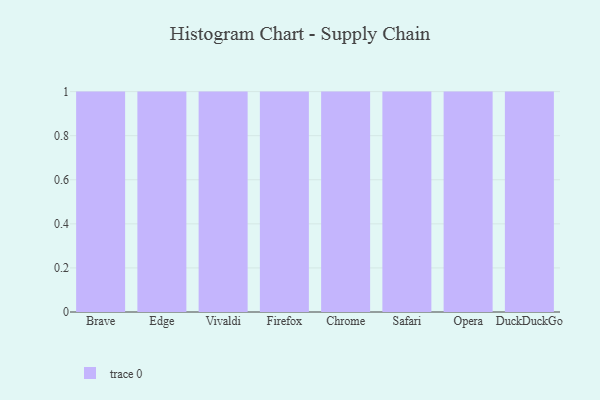
{"axis": {"x": "Browser", "y": "Revenue (USD Million)"}, "legend": [""], "data": [{"x": "Brave", "y": 43, "type": ""}, {"x": "Edge", "y": 17, "type": ""}, {"x": "Vivaldi", "y": 14, "type": ""}, {"x": "Firefox", "y": 86, "type": ""}, {"x": "Chrome", "y": 99, "type": ""}, {"x": "Safari", "y": 8, "type": ""}, {"x": "Opera", "y": 95, "type": ""}, {"x": "DuckDuckGo", "y": 37, "type": ""}]}